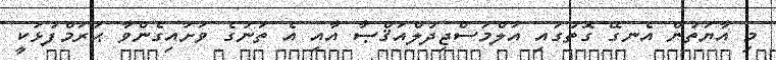
މި އާޔަތުން އެނގޭ ގޮތުގައި އަލްމަސްޖިދުލްއަޤްޞާ އާއި އެ ތަނުގެ ވަށައިގެންވާ ޙަރަމްފުޅަކީ